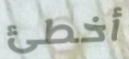
أخطئ